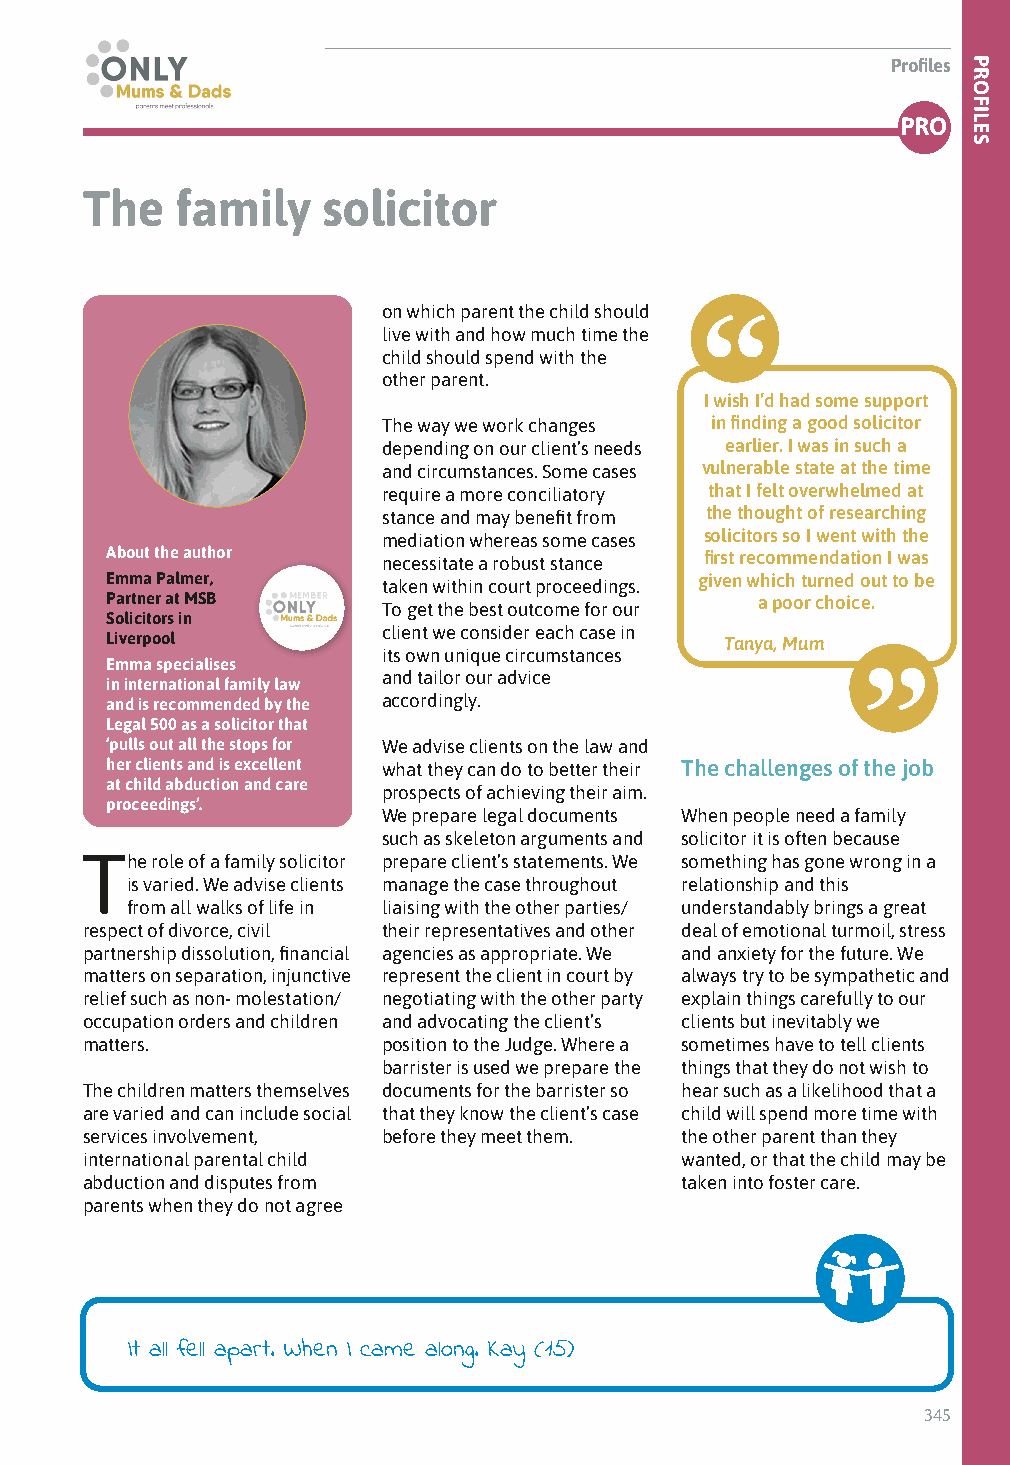
Profiles
 Profiles
 PRO
 The    family   solicitor
 on which parent the child should
 live with and how much time the
 child should spend with the
 other parent.
 I wish I’d had some support
 The way we work changes in finding a good solicitor
 depending on our client’s needs earlier. I was in such a
 and circumstances. Some cases vulnerable state at the time
 require a more conciliatory that I felt overwhelmed at
 stance and may benefit from the thought of researching
 mediation whereas some cases solicitors so I went with the
 About the author  necessitate a robust stance first recommendation I was
 Emma Palmer,      taken within court proceedings. given which turned out to be
 Partner at MSB    To get the best outcome for our a poor choice.
 Solicitors in
 client we consider each case in
 Liverpool                                Tanya, Mum
 its own unique circumstances
 Emma specialises
 and tailor our advice
 in international family law
 and is recommended by the accordingly.
 Legal 500 as a solicitor that
 ‘pulls out all the stops for We advise clients on the law and
 her clients and is excellent what they can do to better their The challenges of the job
 at child abduction and care
 prospects of achieving their aim.
 proceedings’.
 We prepare legal documents When people need a family
 such as skeleton arguments and solicitor it is often because
 The  role of a family solicitor prepare client’s statements. We something has gone wrong in a
 is varied. We advise clients manage the case throughout relationship and this
 from all walks of life in liaising with the other parties/ understandably brings a great
 respect of divorce, civil their representatives and other deal of emotional turmoil, stress
 partnership dissolution, financial agencies as appropriate. We and anxiety for the future. We
 matters on separation, injunctive represent the client in court by always try to be sympathetic and
 relief such as non- molestation/ negotiating with the other party explain things carefully to our
 occupation orders and children and advocating the client’s clients but inevitably we
 matters.            position to the Judge. Where a sometimes have to tell clients
 barrister is used we prepare the things that they do not wish to
 The children matters themselves documents for the barrister so hear such as a likelihood that a
 are varied and can include social that they know the client’s case child will spend more time with
 services involvement, before they meet them. the other parent than they
 international parental child            wanted, or that the child may be
 abduction and disputes from             taken into foster care.
 parents when they do not agree
 It all fell apart. When I came along. Kay (15)
 345
 PROFILES